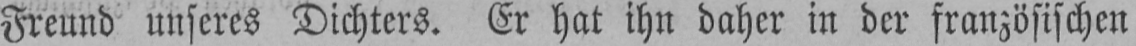
Freund unseres Dichters. Er hat ihn daher in der französischen